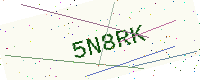
Text: 5N8RK